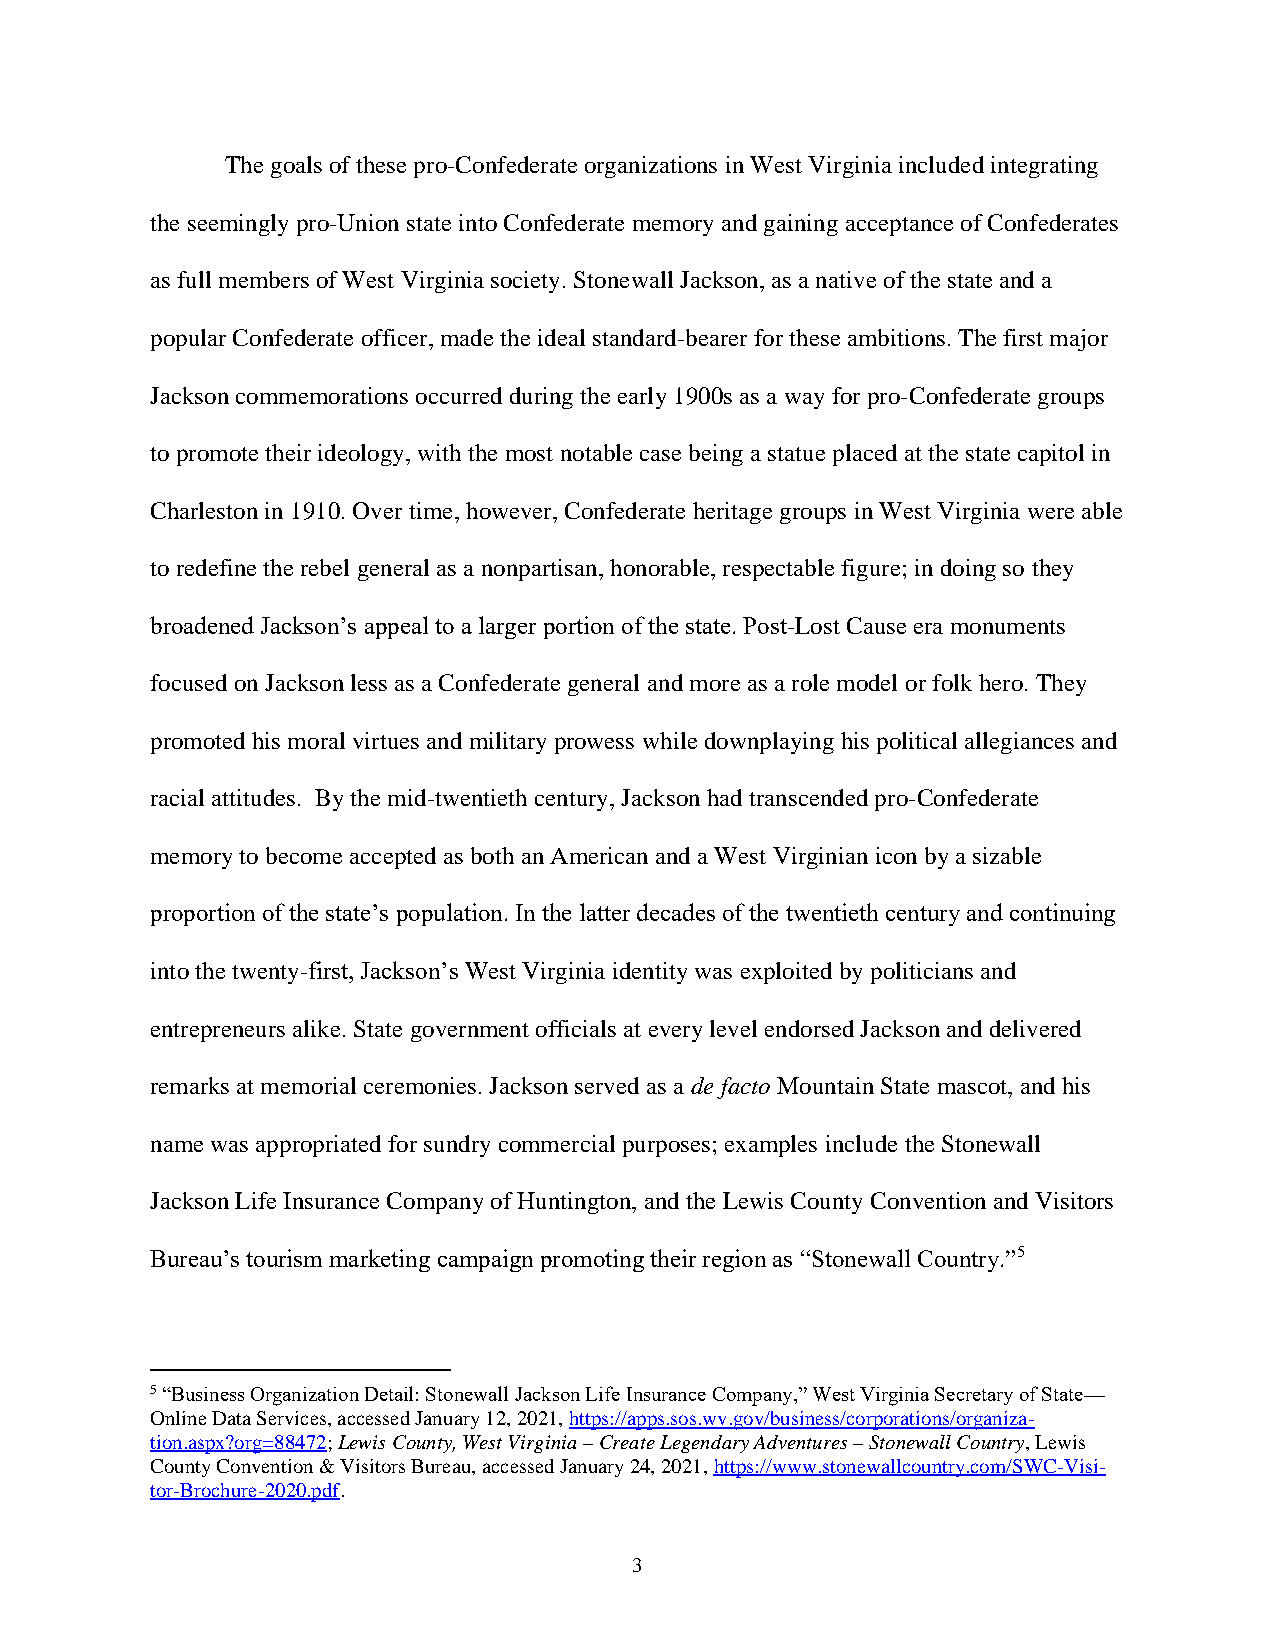
The goals of these pro-Confederate organizations in West Virginia included integrating
 the seemingly pro-Union state into Confederate memory and gaining acceptance of Confederates
 as full members of West Virginia society. Stonewall Jackson, as a native of the state and a
 popular Confederate officer, made the ideal standard-bearer for these ambitions. The first major
 Jackson commemorations occurred during the early 1900s as a way for pro-Confederate groups
 to promote their ideology, with the most notable case being a statue placed at the state capitol in
 Charleston in 1910. Over time, however, Confederate heritage groups in West Virginia were able
 to redefine the rebel general as a nonpartisan, honorable, respectable figure; in doing so they
 broadened Jackson’s appeal to a larger portion of the state. Post-Lost Cause era monuments
 focused on Jackson less as a Confederate general and more as a role model or folk hero. They
 promoted his moral virtues and military prowess while downplaying his political allegiances and
 racial attitudes. By the mid-twentieth century, Jackson had transcended pro-Confederate
 memory to become accepted as both an American and a West Virginian icon by a sizable
 proportion of the state’s population. In the latter decades of the twentieth century and continuing
 into the twenty-first, Jackson’s West Virginia identity was exploited by politicians and
 entrepreneurs alike. State government officials at every level endorsed Jackson and delivered
 remarks at memorial ceremonies. Jackson served as a de facto Mountain State mascot, and his
 name was appropriated for sundry commercial purposes; examples include the Stonewall
 Jackson Life Insurance Company of Huntington, and the Lewis County Convention and Visitors
 Bureau’s tourism marketing campaign promoting their region as “Stonewall Country.”5
 5 “Business Organization Detail: Stonewall Jackson Life Insurance Company,” West Virginia Secretary of State—
 Online Data Services, accessed January 12, 2021, https://apps.sos.wv.gov/business/corporations/organiza-
 tion.aspx?org=88472; Lewis County, West Virginia – Create Legendary Adventures – Stonewall Country, Lewis
 County Convention & Visitors Bureau, accessed January 24, 2021, https://www.stonewallcountry.com/SWC-Visi-
 tor-Brochure-2020.pdf.
 3